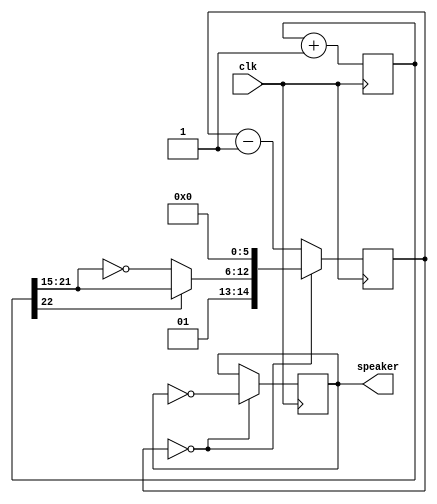
module music(clk, speaker);
input clk;
output speaker;

reg [22:0] tone;
always @(posedge clk) tone <= tone+1;

wire [6:0] ramp = (tone[22] ? tone[21:15] : ~tone[21:15]);
wire [14:0] clkdivider = {2'b01, ramp, 6'b000000};

reg [14:0] counter;
always @(posedge clk) if(counter==0) counter <= clkdivider; else counter <= counter-1;

reg speaker;
always @(posedge clk) if(counter==0) speaker <= ~speaker;
endmodule